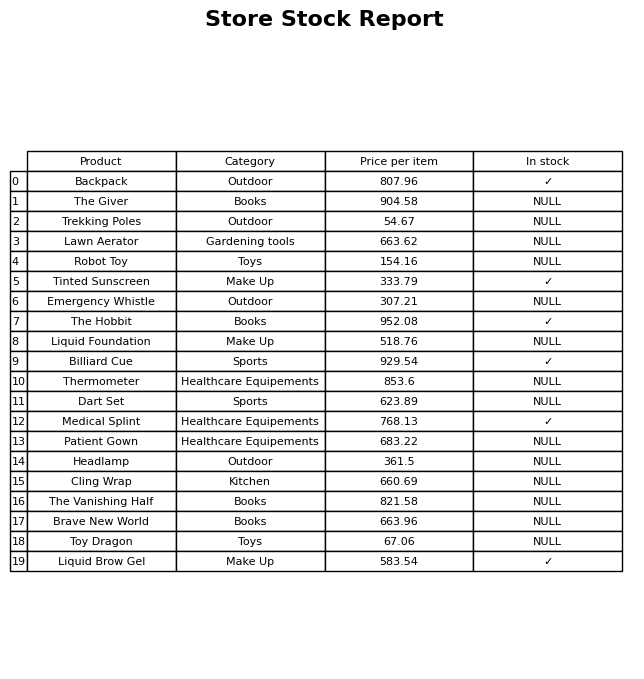
question: What is the stock status of the Dart Set?
answer: NULL